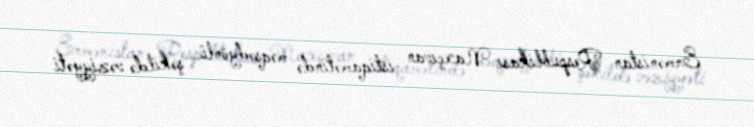
Ermənistan Respublikası Naxçıvan istiqamətində məqsədyönlü şəkildə vəziyyəti